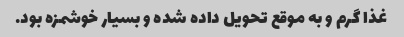
غذا گرم و به موقع تحویل داده شده و بسیار خوشمزه بود.